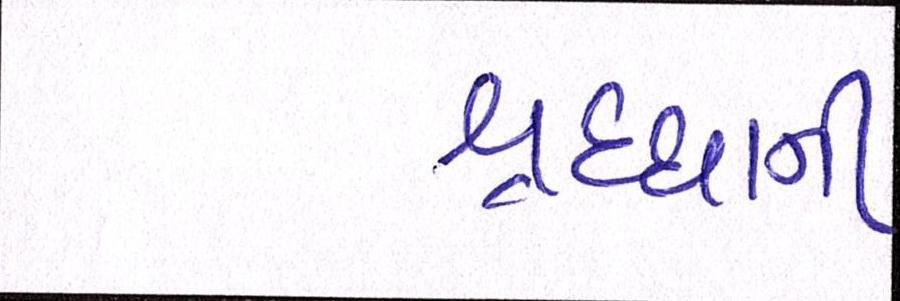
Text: શ્રદ્ધાની